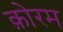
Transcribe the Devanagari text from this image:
क़ोरम